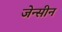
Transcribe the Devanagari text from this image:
जेन्सीन